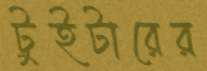
টুইটারের